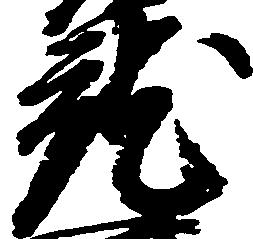
就